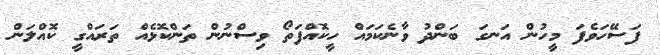
ފަސޭހަވެފަ މީހުން އަނގަ ބަންދު ވާނެކަމައް ހީކޮއްފަތޯ ވިސްނުން ތަންކޮޅެއް ތަރައްގީ ކޮއްލަން